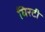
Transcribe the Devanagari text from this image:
घिरटी